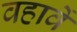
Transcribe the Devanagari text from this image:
वहावें